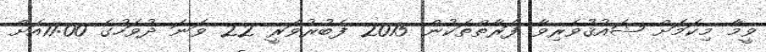
ވީމާ މިކަމަށް ޝައުޤުވެރިވާ ފަރާތްތަކުން 2015 ފެބުރުވަރީ 22 ވަނަ ދުވަހުގެ 11:00އަށް